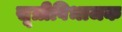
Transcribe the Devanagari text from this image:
सूत्रीविभाजक